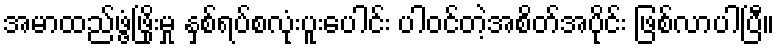
အမာထည်ဖွံ့ဖြိုးမှု နှစ်ရပ်စလုံးပူးပေါင်း ပါဝင်တဲ့အစိတ်အပိုင်း ဖြစ်လာပါပြီ။